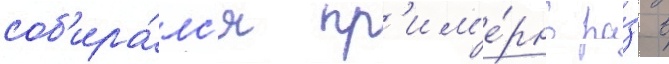
соб'ира́лс'я пр'им'е́рно ра́з в